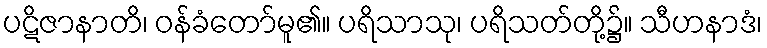
ပဋိဇာနာတိ၊ ဝန်ခံတော်မူ၏။ ပရိသာသု၊ ပရိသတ်တို့၌။ သီဟနာဒံ၊